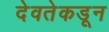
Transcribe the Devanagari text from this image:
देवतेकडून